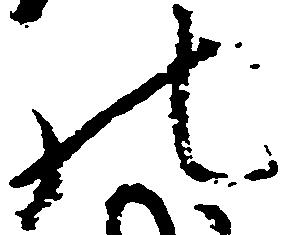
の